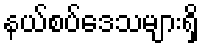
နယ်စပ်ဒေသများရှိ